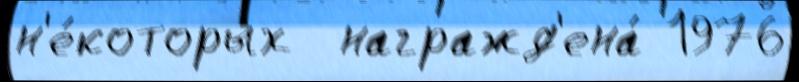
н'е́которых  награжд'ена́ 1976